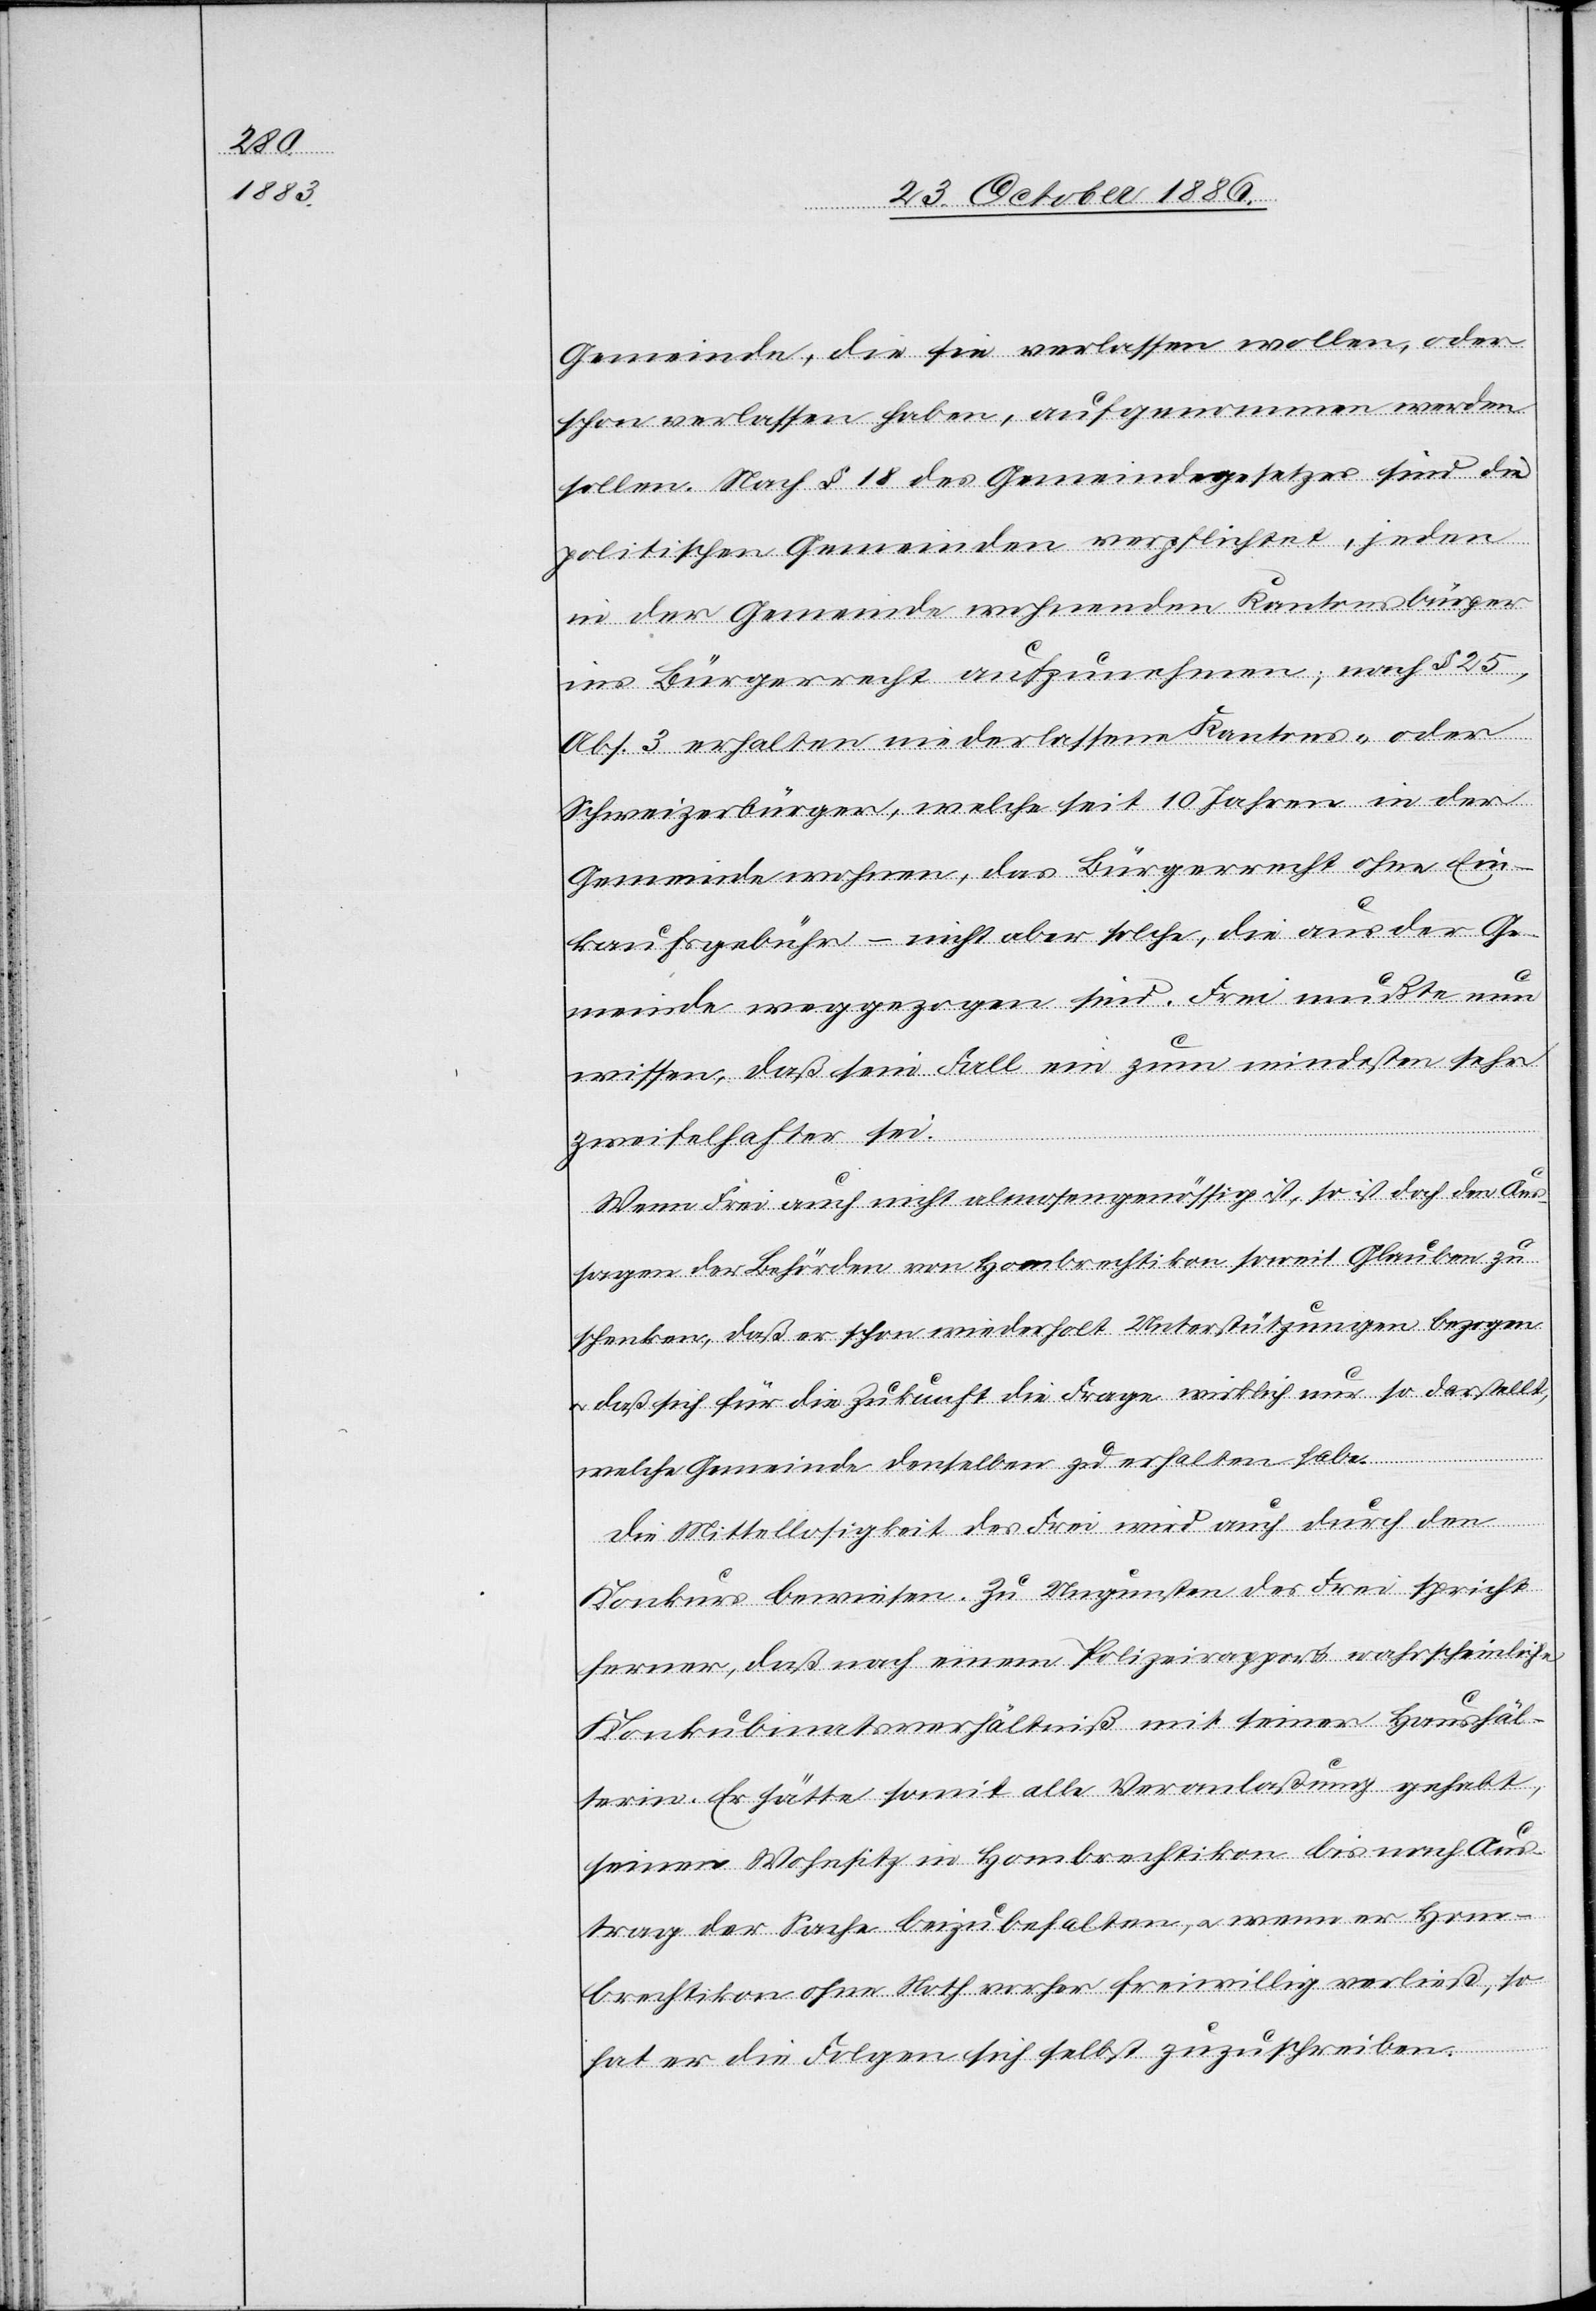
Gemeinde, die sie verlassen wollen, oder
schon verlassen haben, aufgenommen werden
sollen. Nach § 18 des Gemeindegesetzes sind die
politischen Gemeinden verpflichtet, jeden
in der Gemeinde wohnenden Kantonsbürger
ins Bürgerrecht aufzunehmen; nach § 25,
Abs. 3 erhalten nieder[ge]lassene Kantons- oder
Schweizerbürger, welche seit 10 Jahren in der
Gemeinde wohnen, das Bürgerrecht ohne Ein¬
kaufsgebühr – nicht aber solche, die aus der Ge¬
meinde weggezogen sind. Frei mußte nun
wissen, daß sein Fall ein zum mindesten sehr
zweifelhafter sei.
Wenn Frei auch nicht almosengenössig ist, so ist doch den Aus¬
sagen der Behörden von Hombrechtikon soweit Glauben zu
schenken, daß er schon wiederholt Unterstützungen bezogen
daß sich für die Zukunft die Frage wirklich nur so darstellt,
welche Gemeinde denselben zu erhalten habe.
Die Mittellosigkeit des Frei wird auch durch den
Konkurs bewiesen. Zu Ungunsten des Frei spricht
ferner, daß nach einem Polizeirapport wahrscheinliche
Konkubinatsverhältniß mit seiner Haushäl¬
terin [sic!]. Er hätte somit alle Veranlaßung gehabt,
seinen Wohnsitz in Hombrechtikon bis nach Aus¬
trag der Sache beizubehalten, & wenn er Hom¬
brechtikon ohne Noth vorher freiwillig verließ, so
hat er die Folgen sich selbst zuzuschreiben.